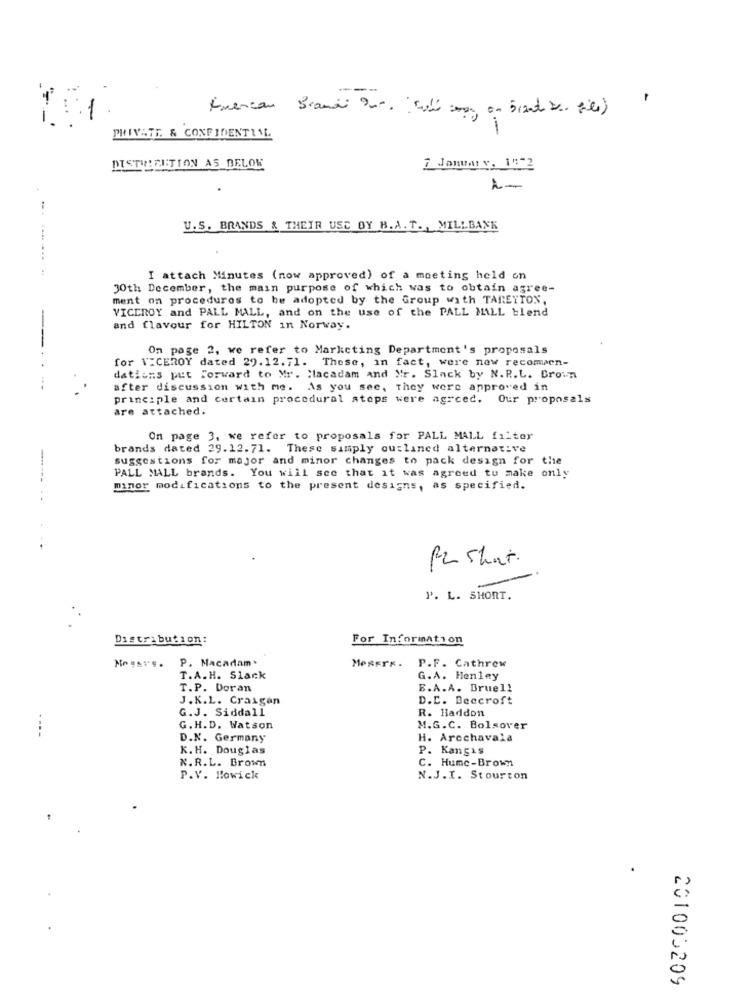
firencon Brandi Dur. : filé copa, on Brant ve. file)
PRIVATE & CONFIDENTIAL
DISTRIBUTION AS BELOW
1. Januar v. 1972
U.S. BRANDS & THEIR USE OY H.A. T. , MILLBANK
I attach Minutes (now approved) of a meeting held on
30th December, the main purpose of which was to obtain agree-
ment on procedures to be adopted by the Group with TARETTON,
VICEROY and PALL MALL, and on the use of the PALL MALL blend
and flavour for HILTON in Norway.
On page 2, we refer to Markcting Department's proposals
for VICEROY dated 29.12. 71. These, in fact, were new recomien-
dations put forward to Mr. Macadam and Mr. Slack by N.R.L. Brown
after discussion with me. As you see, They were approved in
principle and certain procedural stops were agreed. Our proposals
are attached.
On page 3. we refer to proposals for PALL MALL filter
brands dated 29.12.71. These simply outlined alternative
suggestions for major and minor changes to pack design for the
PALL MALL brands. You will see that it was agreed to make only
minor modifications to the present designs, as specified.
PZ Short.
P. L. SHORT.
Distribution:
For Information
Nous:'s. P. Macadam.
MERETE.
P.F. Cathrew
T.A.H. Slack
G.A. Henley
T.P. Doran
E.A.A. Bruel!
J.K.L. Craigan
D.C. Beecroft
G.J. Siddall
R. Haddon
G. H.D. Watson
M.G.C. Bolsover
----
D.N. Germany
H. Arcchavala
K.H. Douglas
P. Kangis
N.R.L. Brown
C. Humc-Brown
P.V. Howick
N.J.I. Stourton
201000209